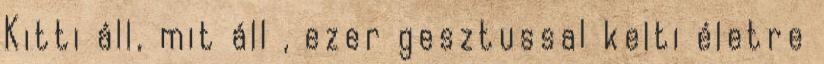
Kitti áll, mit áll , ezer gesztussal kelti életre